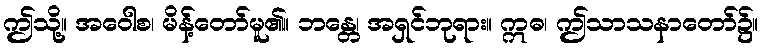
ဤသို့။ အဝေါစ၊ မိန့်တော်မူ၏။ ဘန္တေ၊ အရှင်ဘုရား။ ဣဓ၊ ဤသာသနာတော်၌။